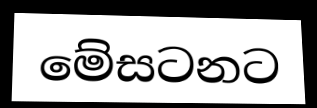
මේසටනට